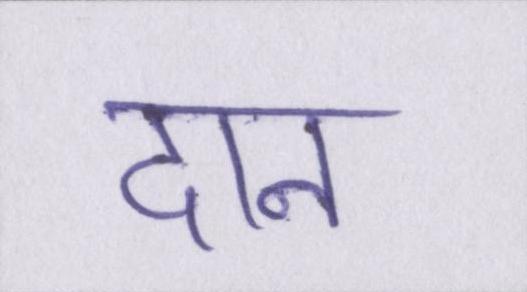
दान